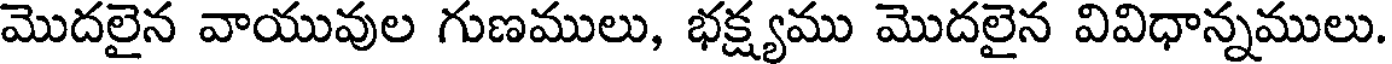
మొదలైన వాయువుల గుణములు, భక్ష్యము మొదలైన వివిధాన్నములు.